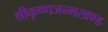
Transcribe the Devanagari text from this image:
श्रीकृष्णजन्मखण्ड